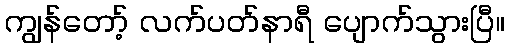
ကျွန်တော့် လက်ပတ်နာရီ ပျောက်သွားပြီ။